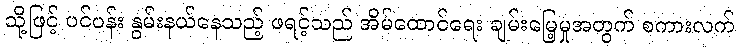
သို့ဖြင့် ပင်ပန်း နွမ်းနယ်နေသည့် ဖရင့်သည် အိမ်ထောင်ရေး ချမ်းမြေ့မှုအတွက် စကားလက်